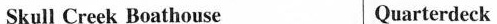
Skull Creek Boathouse Quarterdeck